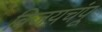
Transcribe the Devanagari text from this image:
विजयचंपू